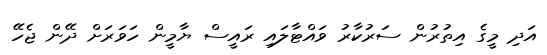
އަދި މީގެ އިތުރުން ސަރުކާރު ވައްޓާލައި ރައީސް ޔާމީން ހަވަރަށް ދޭން ޖެހޭ